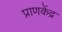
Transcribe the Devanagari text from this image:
प्राणकेंद्र